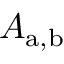
A _ { \mathrm { a , b } }